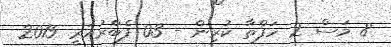
8 މަސް 2 ހަފްތާ ކުރިން - 03 ފެބްރުއަރީ 2015